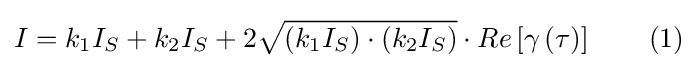
I=k_{1}I_{S}+k_{2}I_{S}+2{\sqrt {\left(k_{1}I_{S}\right)\cdot \left(k_{2}I_{S}\right)}}\cdot Re\left[\gamma \left(\tau \right)\right]\qquad (1)